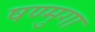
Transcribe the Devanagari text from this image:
षण्मुगा